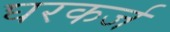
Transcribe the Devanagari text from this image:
घरकर्ज